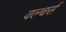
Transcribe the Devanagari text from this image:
वल्चर्स